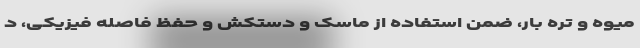
میوه و تره بار، ضمن استفاده از ماسک و دستکش و حفظ فاصله فیزیکی، د